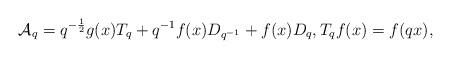
LaTeX: \begin{align*}\mathcal{A}_q=q^{-\frac{1}{2}}g(x)T_q+q^{-1}f(x)D_{q^{-1}}+f(x)D_q, T_q f(x)=f(qx),\end{align*}